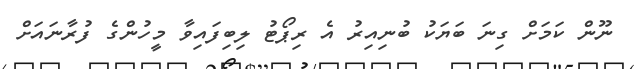
ނޫން ކަމަށް ގިނަ ބަޔަކު ބުނިއިރު އެ ރިޕޯޓު ލިބިފައިވާ މީހުންގެ ފުރާނައަށް